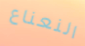
النعناع